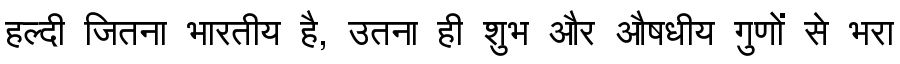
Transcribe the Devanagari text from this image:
हल्दी जितना भारतीय है, उतना ही शुभ और औषधीय गुणों से भरा